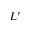
L ^ { \prime }